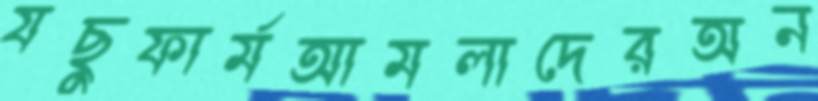
যছুফার্মআমলাদেরঅন